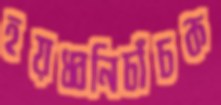
হয়ধ্বনিচাঁচক